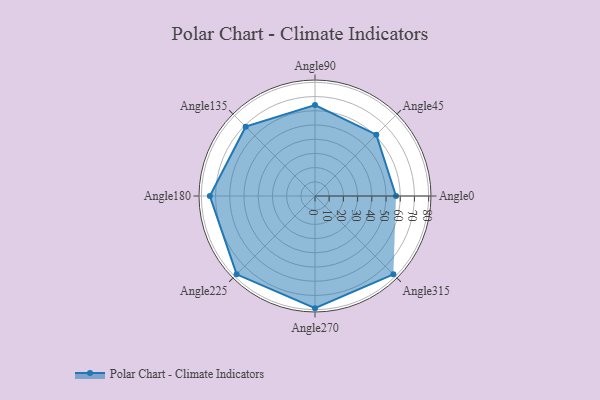
{"axis": {"x": "Angle", "y": "Radius"}, "legend": [""], "data": [{"x": "Angle0", "y": 57.0, "type": ""}, {"x": "Angle45", "y": 61.0, "type": ""}, {"x": "Angle90", "y": 64.0, "type": ""}, {"x": "Angle135", "y": 69.0, "type": ""}, {"x": "Angle180", "y": 74.0, "type": ""}, {"x": "Angle225", "y": 78.0, "type": ""}, {"x": "Angle270", "y": 79.0, "type": ""}, {"x": "Angle315", "y": 78.0, "type": ""}]}